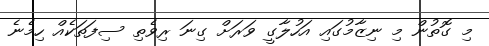
މި ގޮތުން މި ނިޒާމުގައި އަހުލާގީ ވަރަށް ގިނަ ރިވެތި ސިފަތަކެއް ހިމެނެ